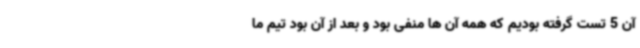
آن 5 تست گرفته بودیم که همه آن ها منفی بود و بعد از آن بود تیم ما